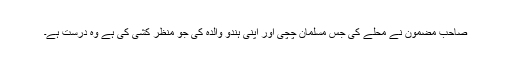
صاحب مضمون نے محلے کی جس مسلمان چچی اور اپنی ہندو والدہ کی جو منظر کشی کی ہے وہ درست ہے۔